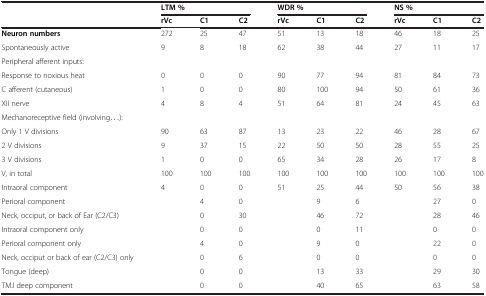
| <ROWSPAN=2>  | <COLSPAN=3> LTM % | <COLSPAN=3> WDR % | <COLSPAN=3> NS % |
 | rVc | C1 | C2 | rVc | C1 | C2 | rVc | C1 | C2 |
 | --- | --- | --- | --- | --- | --- | --- | --- | --- | --- |
 | Neuron numbers | 272 | 25 | 47 | 51 | 13 | 18 | 46 | 18 | 25 |
 | Spontaneously active | 9 | 8 | 18 | 62 | 38 | 44 | 27 | 11 | 17 |
 | Peripheral afferent inputs: |  |  |  |  |  |  |  |  |  |
 | Response to noxious heat | 0 | 0 | 0 | 90 | 77 | 94 | 81 | 84 | 73 |
 | C afferent (cutaneous) | 1 | 0 | 0 | 80 | 100 | 94 | 50 | 61 | 36 |
 | XII nerve | 4 | 8 | 4 | 51 | 64 | 81 | 24 | 45 | 63 |
 | Mechanoreceptive field (involving...): |  |  |  |  |  |  |  |  |  |
 | Only 1 V divisions | 90 | 63 | 87 | 13 | 23 | 22 | 46 | 28 | 67 |
 | 2 V divisions | 9 | 37 | 15 | 22 | 50 | 50 | 28 | 55 | 25 |
 | 3 V divisions | 1 | 0 | 0 | 65 | 34 | 28 | 26 | 17 | 8 |
 | V, in total | 100 | 100 | 100 | 100 | 100 | 100 | 100 | 100 | 100 |
 | Intraoral component | 4 | 0 | 0 | 51 | 25 | 44 | 50 | 56 | 38 |
 | Perioral component |  | 4 | 0 |  | 9 | 6 |  | 27 | 0 |
 | Neck, occiput, or back of Ear (C2/C3) |  | 0 | 30 |  | 46 | 72 |  | 28 | 46 |
 | Intraoral component only |  | 0 | 0 |  | 0 | 11 |  | 0 | 0 |
 | Perioral component only |  | 4 | 0 |  | 9 | 0 |  | 22 | 0 |
 | Neck, occiput or back of ear (C2/C3) only |  | 0 | 6 |  | 0 | 0 |  | 0 | 0 |
 | Tongue (deep) |  | 0 | 0 |  | 13 | 33 |  | 29 | 30 |
 | TMJ deep component |  | 0 | 0 |  | 40 | 65 |  | 63 | 58 |